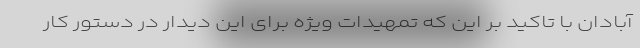
آبادان با تاکید بر این که تمهیدات ویژه برای این دیدار در دستور کار